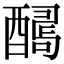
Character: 𨢫